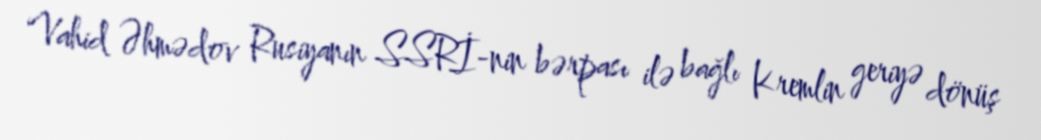
Vahid Əhmədov Rusiyanın SSRİ-nin bərpası ilə bağlı Kremlin geriyə dönüş